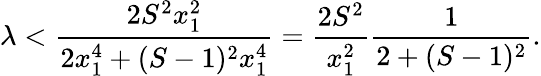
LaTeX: \lambda<\frac{2S^{2}x_{1}^{2}}{2x_{1}^{4}+(S-1)^{2}x_{1}^{4}}=\frac{2S^{2}}{x_{1}^{2}}\frac{1}{2+(S-1)^{2}}.